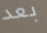
بعد